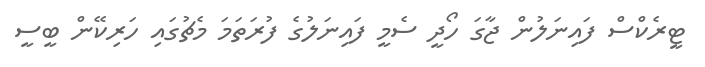
ޓީރެކްސް ފައިނަލުން ޖާގަ ހޯދީ ސެމީ ފައިނަލުގެ ފުރަތަމަ މެޗުގައި ހަރިކޭން ބީސީ